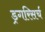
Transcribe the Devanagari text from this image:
ड्रगरिसर्च